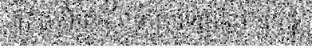
ត្រលប់មកដឹកនាំប្រទេសវិញ។ខែធ្នូ